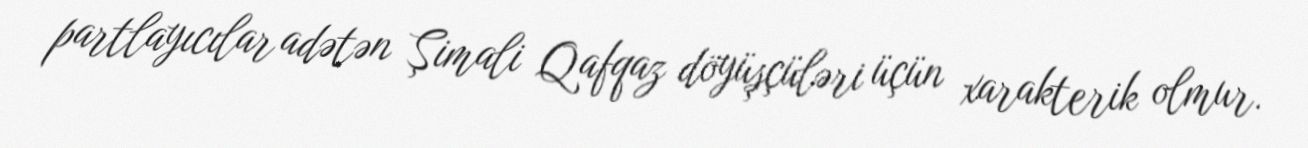
partlayıcılar adətən Şimali Qafqaz döyüşçüləri üçün xarakterik olmur.